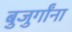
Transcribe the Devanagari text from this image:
बुजुर्गांना